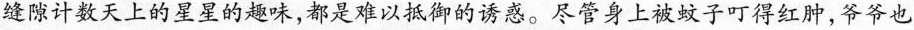
缝隙计数天上的星星的趣味，都是难以抵御的诱惑。尽管身上被蚊子叮得红肿，爷爷也